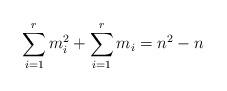
LaTeX: \begin{align*}\sum_{i=1}^rm_{i}^2+\sum_{i=1}^rm_i=n^2-n\end{align*}